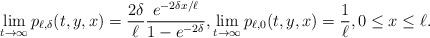
LaTeX: \begin{align*}\lim_{t\to\infty}p_{\ell,\delta}(t,y,x)=\frac{2\delta}{\ell}\frac{e^{-2\delta x/\ell}}{1-e^{-2\delta}},\lim_{t\to\infty}p_{\ell,0}(t,y,x)=\frac{1}{\ell},0\le x\le \ell.\end{align*}